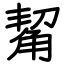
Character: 觢